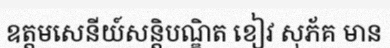
ឧត្តមសេនីយ៍សន្តិបណ្ឌិត ខៀវ សុភ័គ មាន